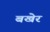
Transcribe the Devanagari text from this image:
बखेर